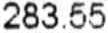
283.55